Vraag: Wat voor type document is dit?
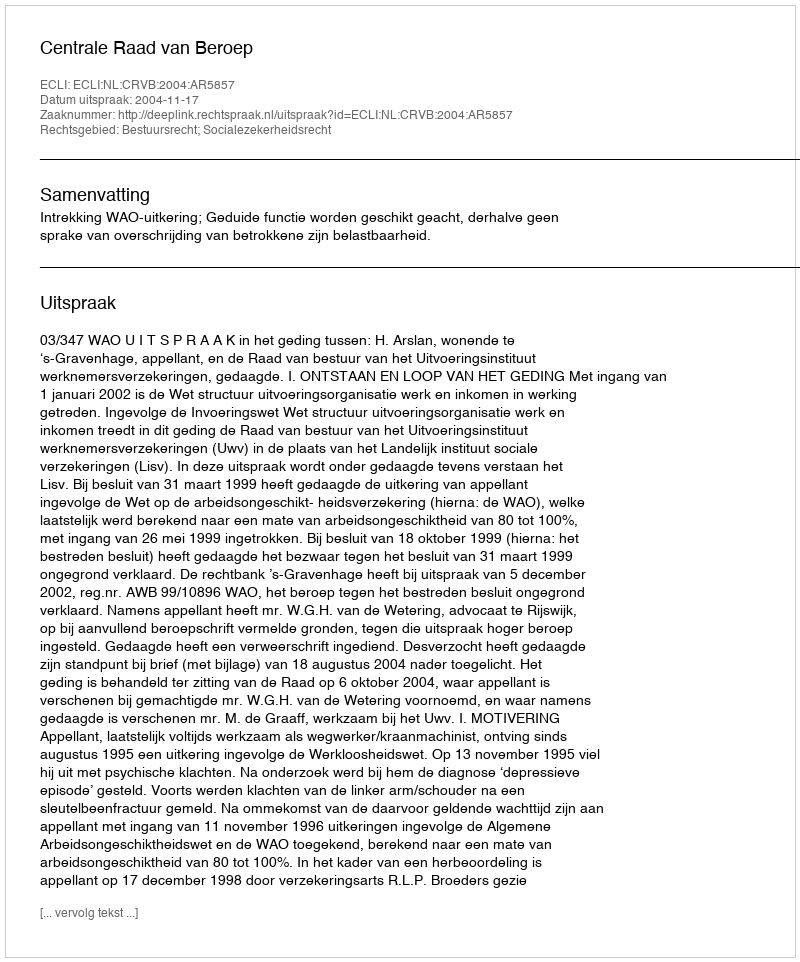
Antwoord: Uitspraak